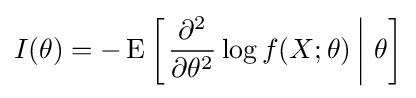
I(\theta )=-\operatorname {E} \left[\left.{\frac {\partial ^{2}}{\partial \theta ^{2}}}\log f(X;\theta )\,\right|\,\theta \right]